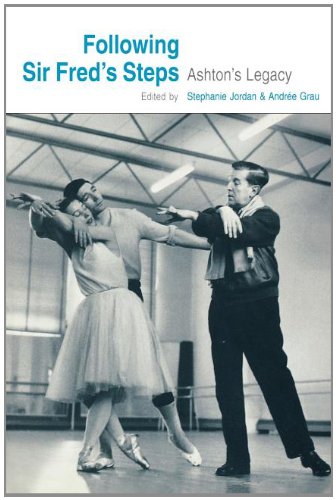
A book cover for Following Sir Fred's Steps; Ashton Conference; Biographies & Memoirs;